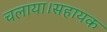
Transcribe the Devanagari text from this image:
चलाया।सहायक